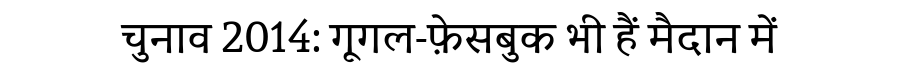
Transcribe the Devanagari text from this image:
चुनाव 2014: गूगल-फ़ेसबुक भी हैं मैदान में